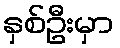
နှစ်ဦးမှာ